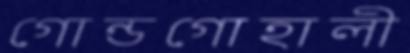
গোন্ডগোহালী